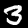
Digit: 3